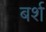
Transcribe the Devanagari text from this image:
बर्श